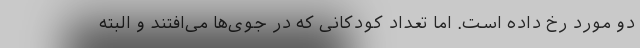
دو مورد رخ داده است. اما تعداد کودکانی که در جوی‌ها می‌افتند و البته